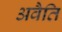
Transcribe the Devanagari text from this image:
अवैति